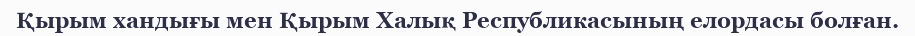
Қырым хандығы мен Қырым Халық Республикасының елордасы болған.